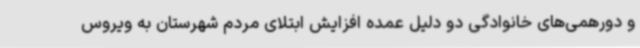
و دورهمی‌های خانوادگی دو دلیل عمده افزایش ابتلای مردم شهرستان به ویروس